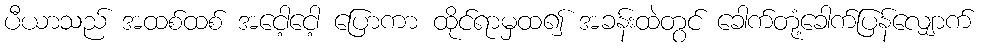
ပီယာသည် အထစ်ထစ် အငေါ့ငေါ့ ပြောကာ ထိုင်ရာမှထ၍ အခန်းထဲတွင် ခေါက်တုံ့ခေါက်ပြန်လျှောက်